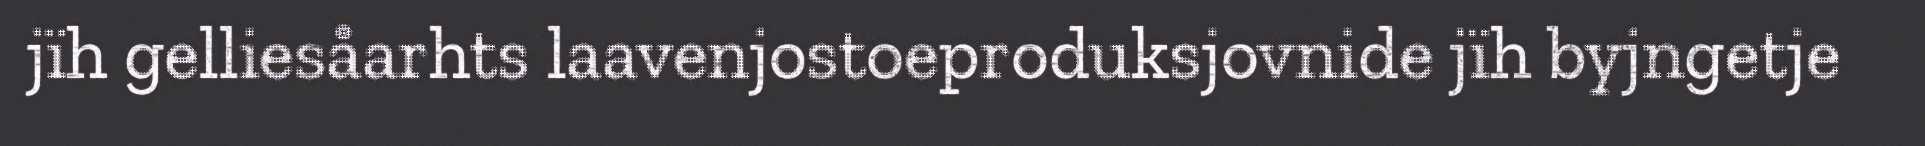
jïh gelliesåarhts laavenjostoeproduksjovnide jïh byjngetje